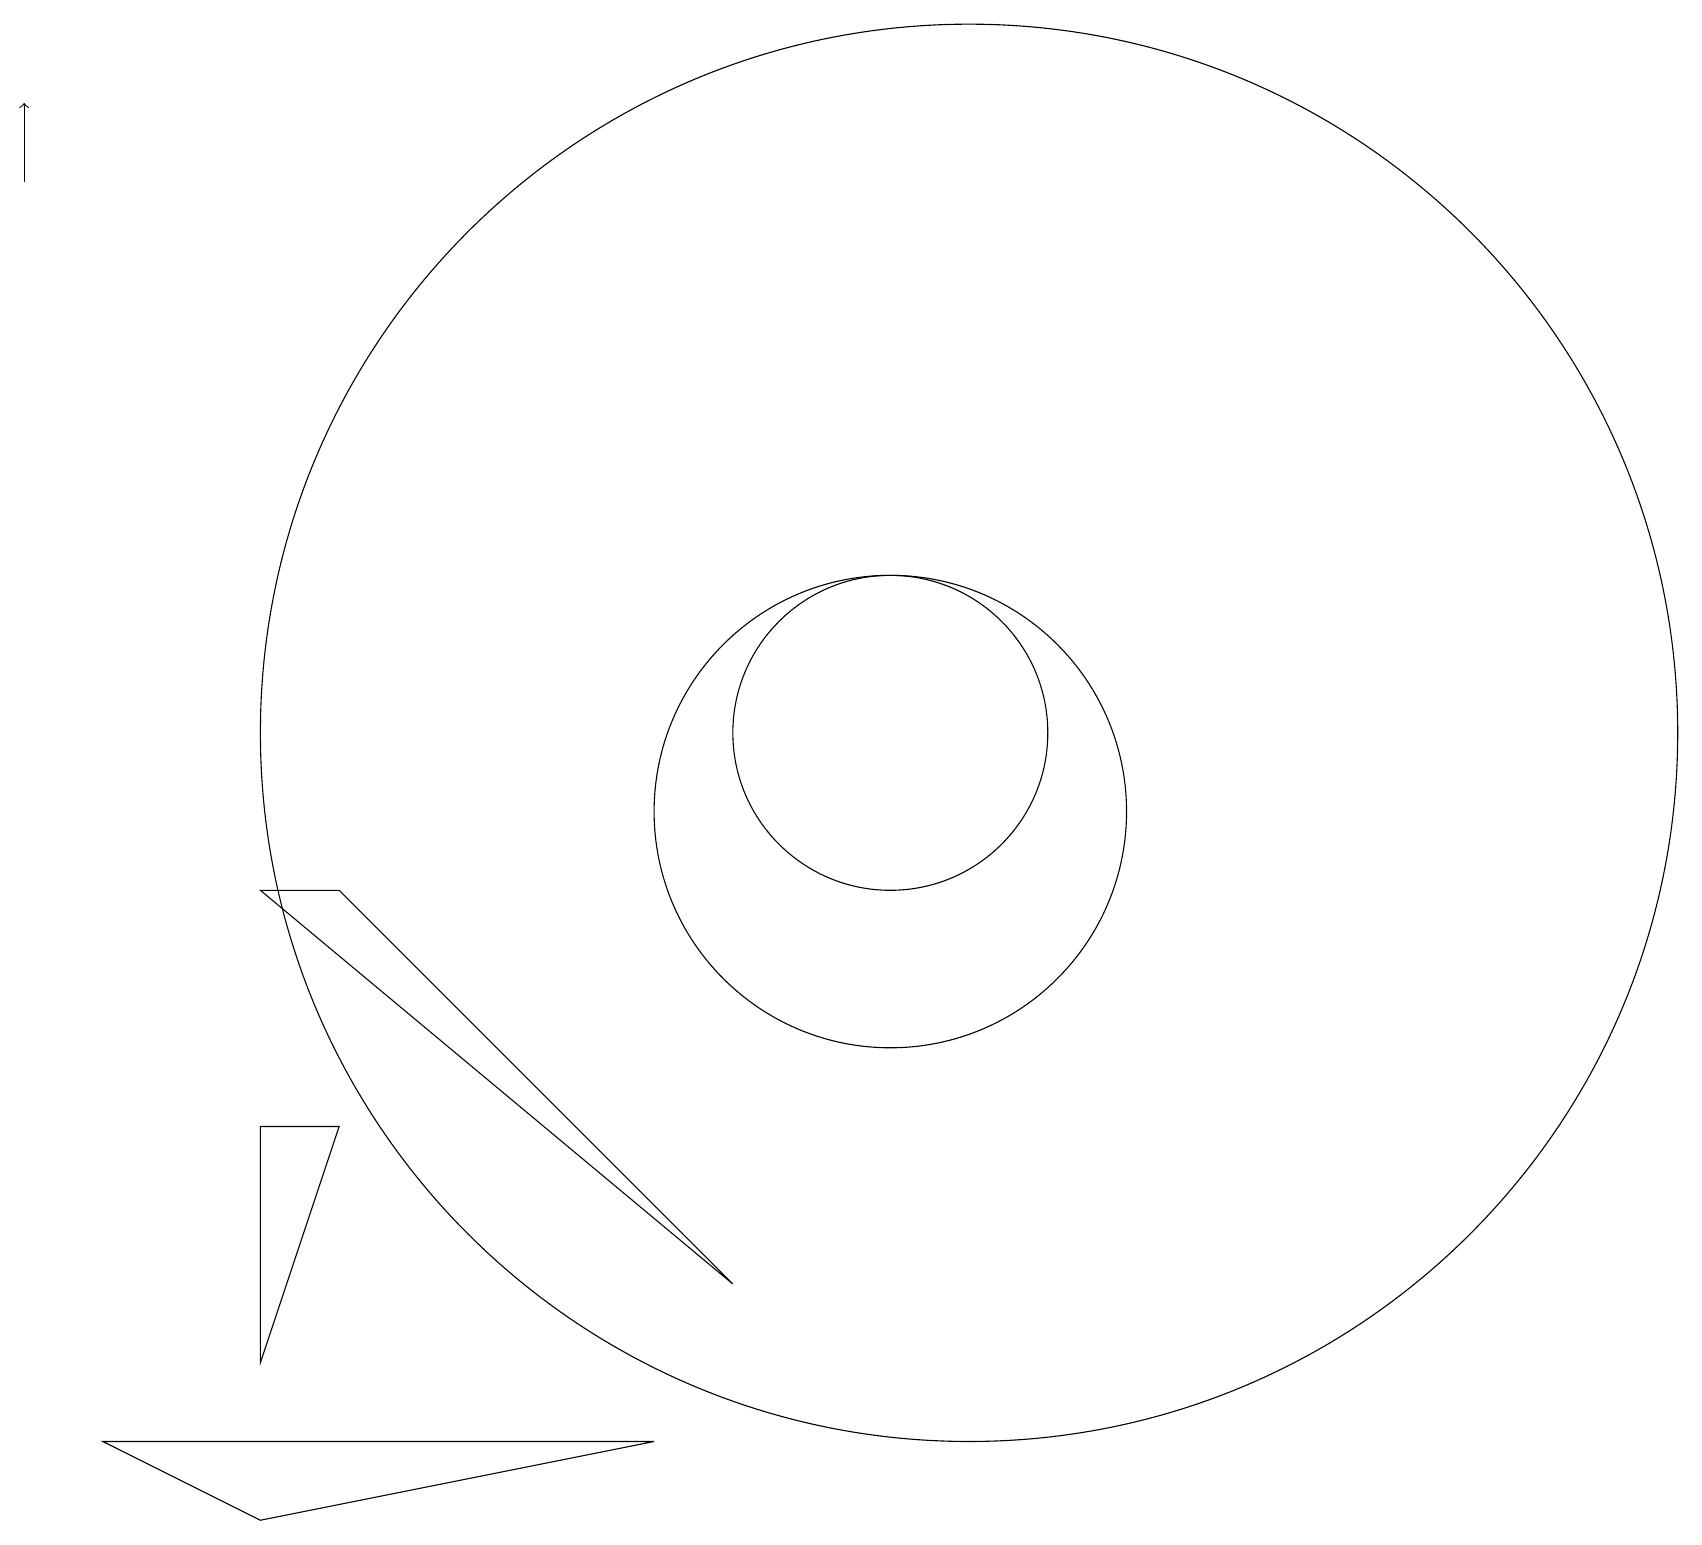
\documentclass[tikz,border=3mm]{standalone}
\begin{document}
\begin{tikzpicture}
\draw (8,2) -- (1,2) -- (3,1) -- cycle;
\draw (4,9) -- (9,4) -- (3,9) -- cycle;
\draw (3,6) -- (4,6) -- (3,3) -- cycle;
\draw (11,10) circle (3);
\draw[->] (0,18) -- (0,19);
\draw (11,11) circle (2);
\draw (12,11) circle (9);
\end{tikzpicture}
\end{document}